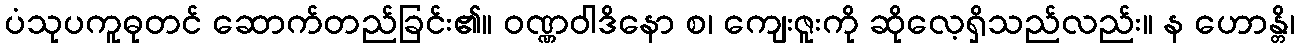
ပံသုပကူဓုတင် ဆောက်တည်ခြင်း၏။ ဝဏ္ဏဝါဒိနော စ၊ ကျေးဇူးကို ဆိုလေ့ရှိသည်လည်း။ န ဟောန္တိ၊